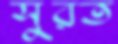
সুরত